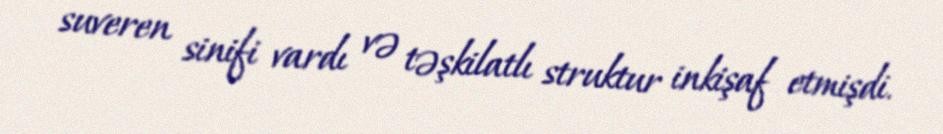
suveren sinifi vardı və təşkilatlı struktur inkişaf etmişdi.